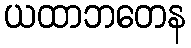
ယထာဘတေန